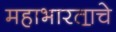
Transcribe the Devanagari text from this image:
महाभारता॒चे